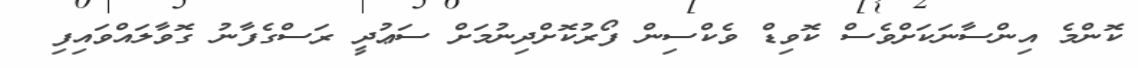
ކޮންމެ އިންސާނަކަށްވެސް ކޮވިޑް ވެކްސިން ފޯރުކޮށްދިނުމަށް ސަޢުދީ ރަސްގެފާނު ގޮވާލައްވައިފި